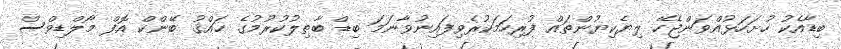
ބިޑާއެކު ހުށަހަޅުއްވަންޖެހޭ ލިޔެކިޔުންތައް ފުރިހަމަކުރެވިފައިނުވާނަމަ ބިޑް ބާޠިލުކުރުމުގެ ޙައްޤު ބޭންކް އޮފް މޯލްޑިވްސް